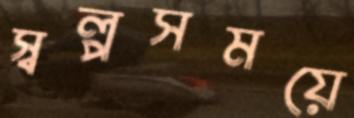
স্বল্পসময়ে